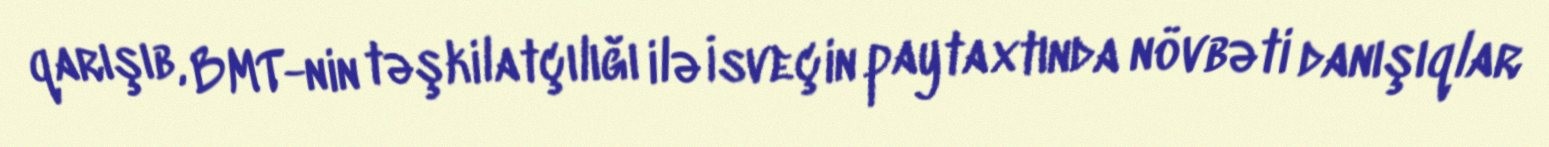
qarışıb, BMT-nin təşkilatçılığı ilə İsveçin paytaxtında növbəti danışıqlar